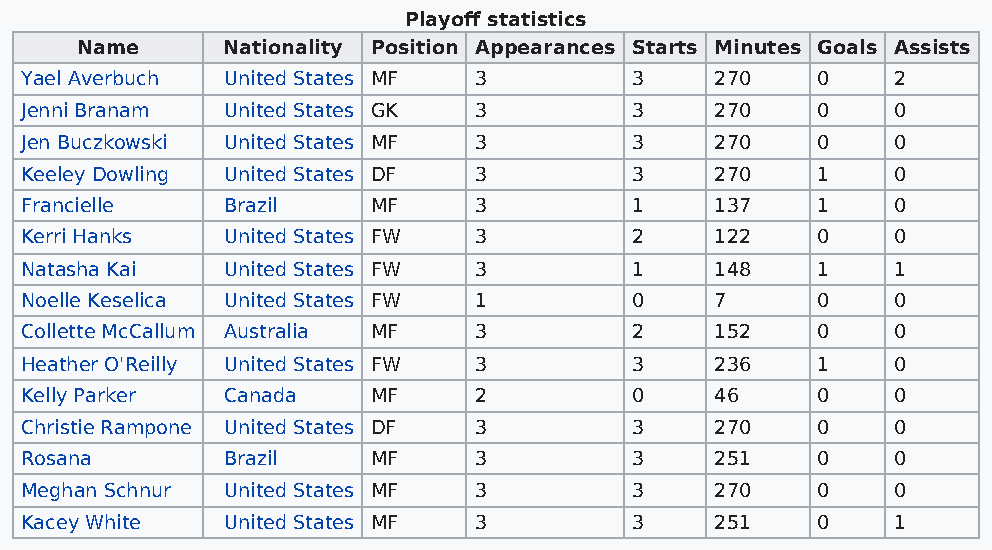
Playoff statistics
 Name      Nationality Position Appearances Starts Minutes Goals Assists
 Yael Averbuch United States MF 3         3    270    0    2
 Jenni Branam  United States GK 3         3    270    0    0
 Jen Buczkowski United States MF 3        3    270    0    0
 Keeley Dowling United States DF 3        3    270    1    0
 Francielle    Brazil    MF    3          1    137    1    0
 Kerri Hanks   United States FW 3         2    122    0    0
 Natasha Kai   United States FW 3         1    148    1    1
 Noelle Keselica United States FW 1       0    7      0    0
 Collette McCallum Australia MF 3         2    152    0    0
 Heather O'Reilly United States FW 3      3    236    1    0
 Kelly Parker  Canada    MF    2          0    46     0    0
 Christie Rampone United States DF 3      3    270    0    0
 Rosana        Brazil    MF    3          3    251    0    0
 Meghan Schnur United States MF 3         3    270    0    0
 Kacey White   United States MF 3         3    251    0    1